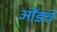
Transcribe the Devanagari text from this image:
ओंडचे